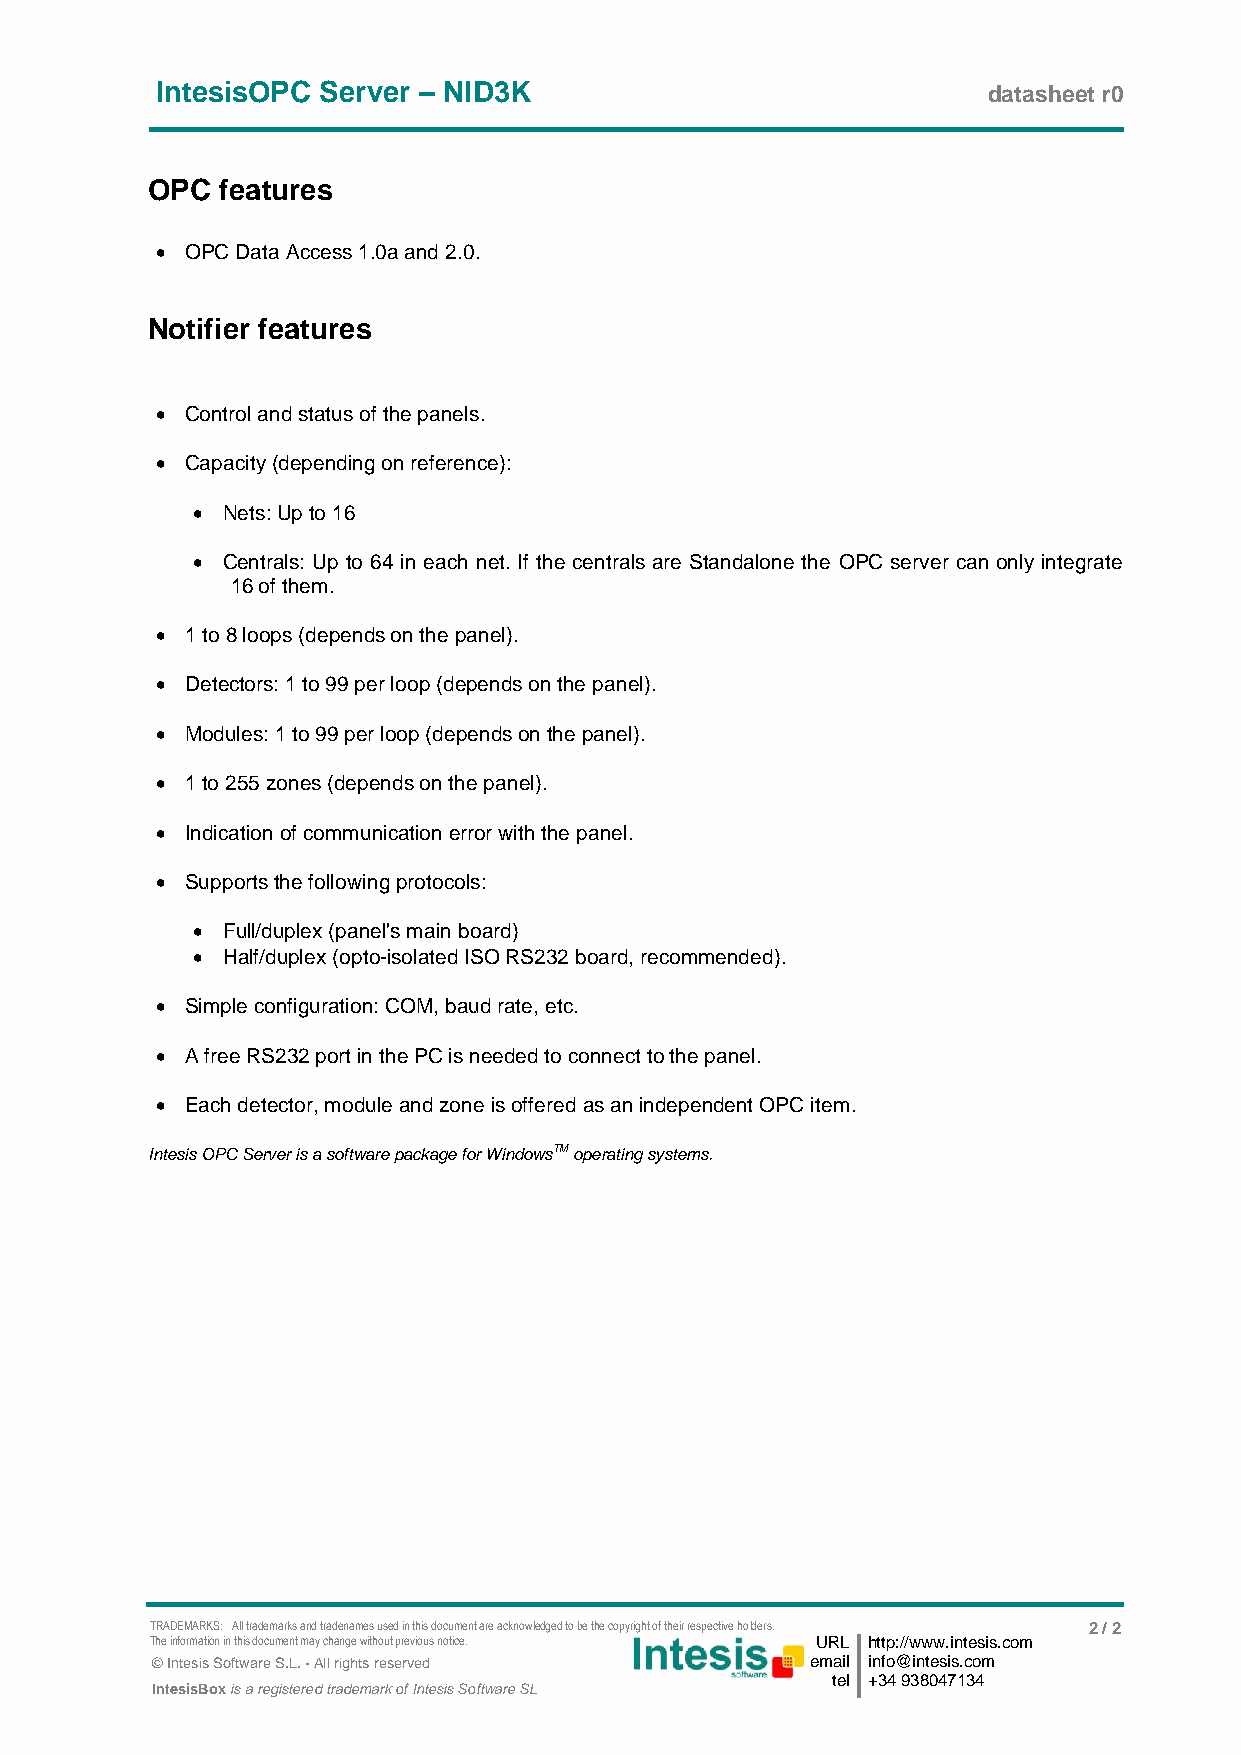
IntesisOPC Server – NID3K                              datasheet r0
 OPC  features
  OPC Data Access 1.0a and 2.0.
 Notifier features
  Control and status of the panels.
  Capacity (depending on reference):
  Nets: Up to 16
  Centrals: Up to 64 in each net. If the centrals are Standalone the OPC server can only integrate
 16 of them.
  1 to 8 loops (depends on the panel).
  Detectors: 1 to 99 per loop (depends on the panel).
  Modules: 1 to 99 per loop (depends on the panel).
  1 to 255 zones (depends on the panel).
  Indication of communication error with the panel.
  Supports the following protocols:
  Full/duplex (panel's main board)
  Half/duplex (opto-isolated ISO RS232 board, recommended).
  Simple configuration: COM, baud rate, etc.
  A free RS232 port in the PC is needed to connect to the panel.
  Each detector, module and zone is offered as an independent OPC item.
 Intesis OPC Server is a software package for WindowsTM operating systems.
 TRADEMARKS: All trademarks and tradenames used in this document are acknowledged to be the copyright of their respective holders. 2 / 2
 The information in this document may change without previous notice. URL http://www.intesis.com
 © Intesis Software S.L. - All rights reserved email info@intesis.com
 tel +34 938047134
 IntesisBox is a registered trademark of Intesis Software SL